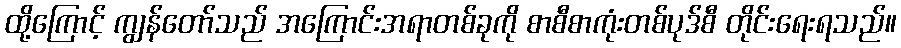
ထို့ကြောင့် ကျွန်တော်သည် အကြောင်းအရာတစ်ခုကို စာစီစာကုံးတစ်ပုဒ်စီ တိုင်းရေးရသည်။